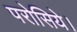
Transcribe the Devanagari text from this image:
परोसिये।